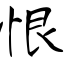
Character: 恨